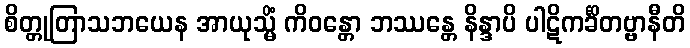
စိတ္တုတြာသဘယေန အာယုသ္မိံ ကိဝန္တော ဘဿန္တေ နိန္ဒာပိ ပါဋိကင်္ခိတဗ္ဗာနီတိ